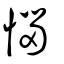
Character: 惱